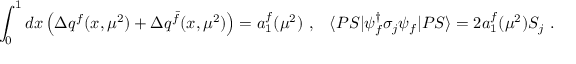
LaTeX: \int _ { 0 } ^ { 1 } d x \left( \Delta q ^ { f } ( x , \mu ^ { 2 } ) + \Delta q ^ { \bar { f } } ( x , \mu ^ { 2 } ) \right) = a _ { 1 } ^ { f } ( \mu ^ { 2 } ) \ , \; \; \; \langle P S | \psi _ { f } ^ { \dagger } \sigma _ { j } \psi _ { f } | P S \rangle = 2 a _ { 1 } ^ { f } ( \mu ^ { 2 } ) S _ { j } \ .